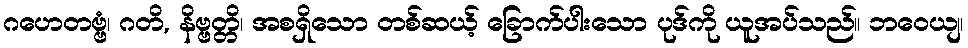
ဂဟေတဗ္ဗံ၊ ဂတိ, နိဗ္ဗတ္တိ၊ အစရှိသော တစ်ဆယ့် ခြောက်ပါးသော ပုဒ်ကို ယူအပ်သည်။ ဘဝေယျ၊